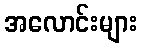
အလောင်းများ